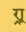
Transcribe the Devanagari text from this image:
र्‍ाू